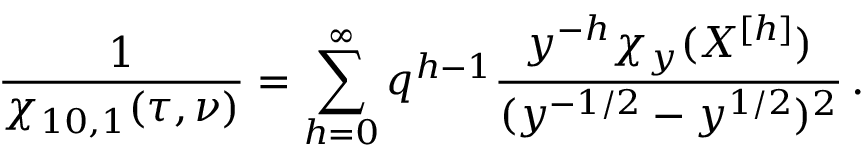
\frac { 1 } { \chi _ { 1 0 , 1 } ( \tau , \nu ) } = \sum _ { h = 0 } ^ { \infty } q ^ { h - 1 } \frac { y ^ { - h } \chi _ { y } ( X ^ { [ h ] } ) } { ( y ^ { - 1 / 2 } - y ^ { 1 / 2 } ) ^ { 2 } } \, .